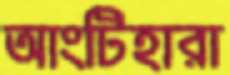
আংটিহারা